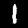
Digit: 1